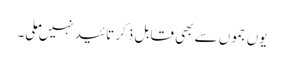
یوں جموں سے بھی قابلِ ذکر تائید نہیں ملی۔